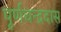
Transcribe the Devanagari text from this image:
पूर्णचन्द्रदास